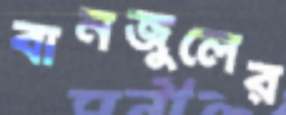
বানজুলের